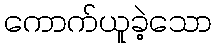
ကောက်ယူခဲ့သော